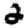
Digit: 2